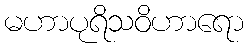
မဟာပုရိသဝိဟာရော